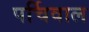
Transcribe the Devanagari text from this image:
पर्चिवाल